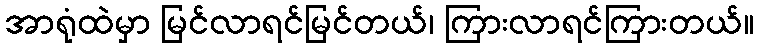
အာရုံထဲမှာ မြင်လာရင်မြင်တယ်၊ ကြားလာရင်ကြားတယ်။